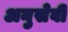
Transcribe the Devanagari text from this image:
अनुसेवी